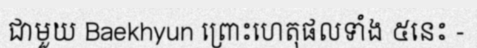
ជាមួយ Baekhyun ព្រោះហេតុផលទាំង ៥នេះ -